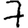
Digit: 7